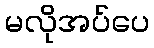
မလိုအပ်ပေ